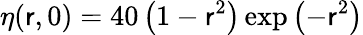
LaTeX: \eta(\mathsf{r},0)=40\left(1-\mathsf{r}^{2}\right)\exp\left(-\mathsf{r}^{2}\right)